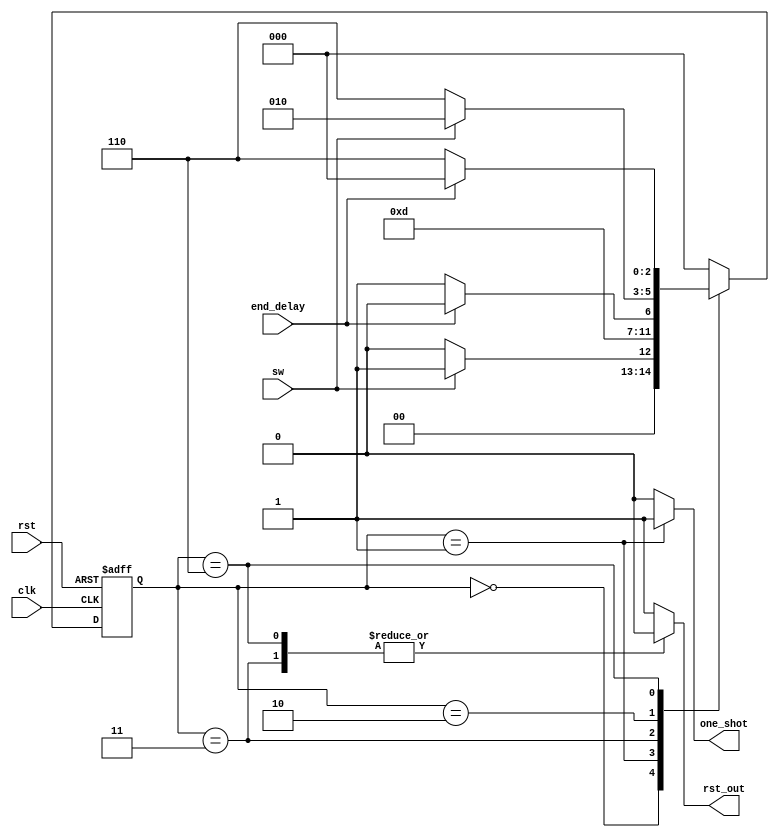
module control_debouncer
(
	input clk,
	input rst,
	input sw,
	input end_delay,
	output reg rst_out,
	output reg one_shot
);

// Definition of state codes
parameter [2:0] init = 'b000;
parameter [2:0] shot = 'b001;
parameter [2:0] off1 = 'b011;
parameter [2:0] sw_1 = 'b010;
parameter [2:0] off2 = 'b110;

reg [2:0] state;

always@(posedge clk, posedge rst)
	begin
		if(rst)
			state <= init;
		else
			case(state)	//FSM with state codes
				init:	state <= sw ? shot : init;
				shot:	state <= off1;
				off1: 	state <= end_delay ? sw_1 : off1;
				sw_1:	state <= (~sw) ? off2 : sw_1;
				off2:	state <= end_delay ? init : off2;
				default:	state <= init;
			endcase
	end

always@(state)
	begin
		case(state)		// Outputs according to current state
				init: 	begin one_shot = 'b0; rst_out = 1'b1; end
				shot: 	begin one_shot = 'b1; rst_out = 1'b1; end
				off1: 	begin one_shot = 'b0; rst_out = 1'b0; end
				sw_1: 	begin one_shot = 'b0; rst_out = 1'b1; end
				off2: 	begin one_shot = 'b0; rst_out = 1'b0; end
			 default: 	begin one_shot = 'b0; rst_out = 1'b1; end
		endcase
	end
endmodule